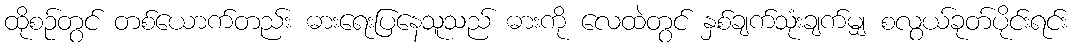
ထိုစဉ်တွင် တစ်ယောက်တည်း ဓားရေးပြနေသူသည် ဓားကို လေထဲတွင် နှစ်ချက်သုံးချက်မျှ စလွယ်ခုတ်ပိုင်းရင်း